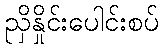
ညှိနှိုင်းပေါင်းစပ်